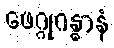
ဖေဂ္ဂုဂန္ဓာနံ